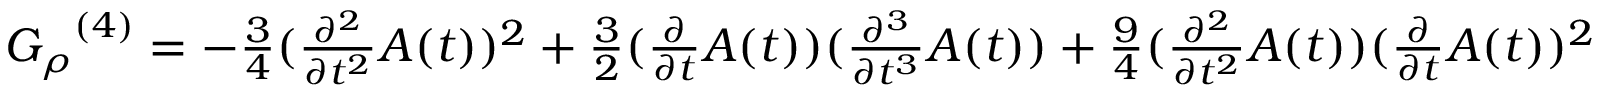
{ { \cal { G } } _ { \rho } } ^ { { ( 4 ) } } = - { \textstyle \frac { 3 } { 4 } } ( { \textstyle \frac { \partial ^ { 2 } } { \partial t ^ { 2 } } } { A } ( t ) ) ^ { 2 } + { \textstyle \frac { 3 } { 2 } } ( { \textstyle \frac { \partial } { \partial t } } { A } ( t ) ) ( { \textstyle \frac { \partial ^ { 3 } } { \partial t ^ { 3 } } } { A } ( t ) ) + { \textstyle \frac { 9 } { 4 } } ( { \textstyle \frac { \partial ^ { 2 } } { \partial t ^ { 2 } } } { A } ( t ) ) ( { \textstyle \frac { \partial } { \partial t } } { A } ( t ) ) ^ { 2 }